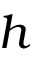
h